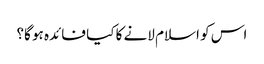
اس کو اسلام لانے کا کیا فائدہ ہو گا؟